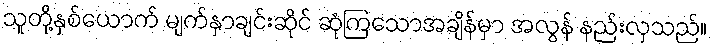
သူတို့နှစ်ယောက် မျက်နှာချင်းဆိုင် ဆုံကြသောအချိန်မှာ အလွန် နည်းလှသည်။